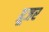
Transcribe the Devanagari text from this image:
ग्रूजर